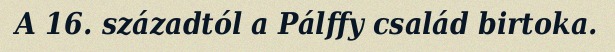
A 16. századtól a Pálffy család birtoka.